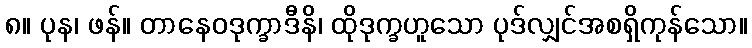
၈။ ပုန၊ ဖန်။ တာနေဝဒုက္ခာဒီနိ၊ ထိုဒုက္ခဟူသော ပုဒ်လျှင်အစရှိကုန်သော။